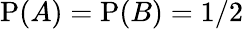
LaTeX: \mathrm{P}(A)=\mathrm{P}(B)=1/2